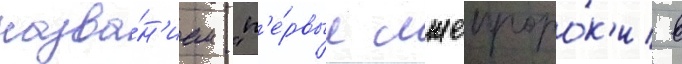
назва́н'ием "п'е́рвые лжепроро́к'и в